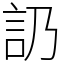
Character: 䚮